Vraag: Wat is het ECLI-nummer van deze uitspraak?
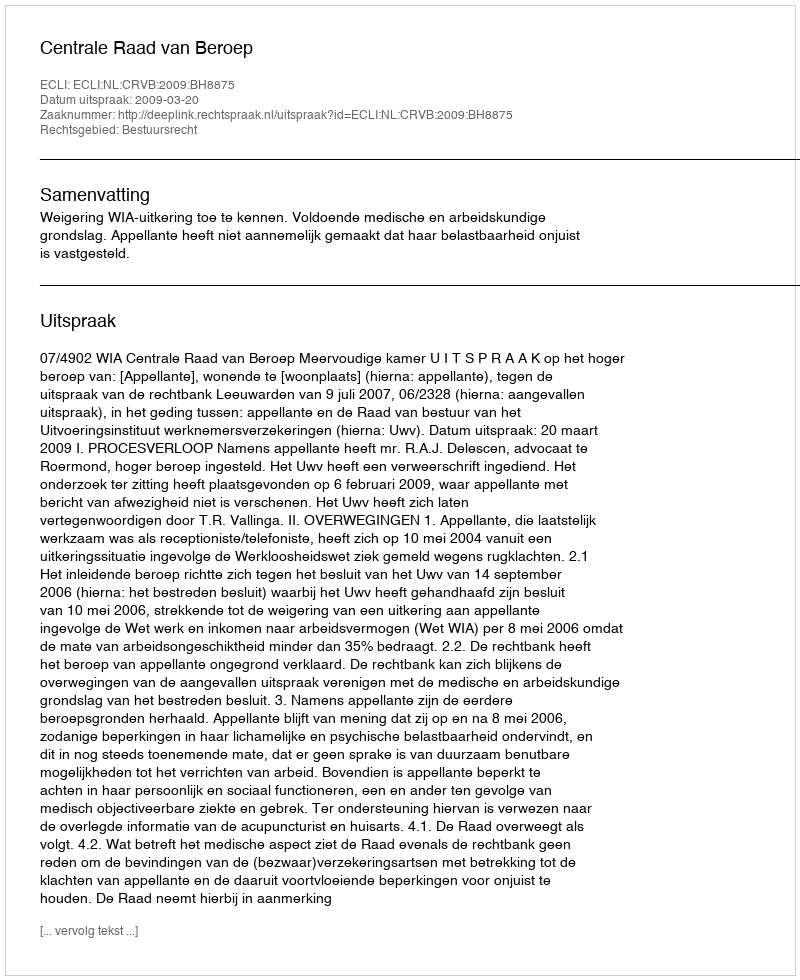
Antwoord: ECLI:NL:CRVB:2009:BH8875